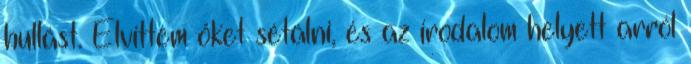
hullást. Elvittem őket sétálni, és az irodalom helyett arról